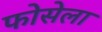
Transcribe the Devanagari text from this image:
फोसेला